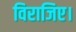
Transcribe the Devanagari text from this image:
विराजिए।